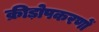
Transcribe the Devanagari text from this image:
क्रीड़ोपकरणों